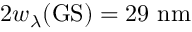
2 w _ { \lambda } ( \mathrm { G S } ) = 2 9 ~ \mathrm { n m }